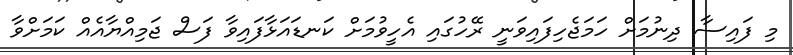
މި ފައިސާ ދިނުމަށް ހަމަޖެހިފައިވަނީ ރޭހުގައި އެހީވުމަށް ކަނޑައަޅާފައިވާ ފަސް ޖަމިއްޔާއެއް ކަމަށްވާ